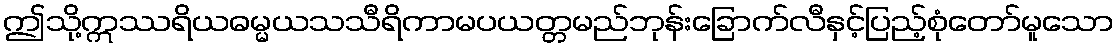
ဤသို့ဣဿရိယဓမ္မယသသီရိကာမပယတ္တမည်ဘုန်းခြောက်လီနှင့်ပြည့်စုံတော်မူသော